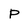
Character: P